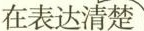
在表达清楚